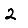
Digit: 2